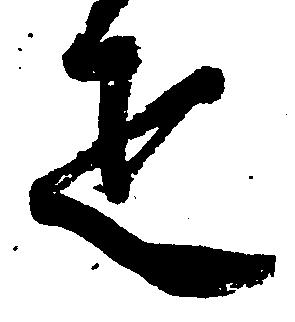
疋